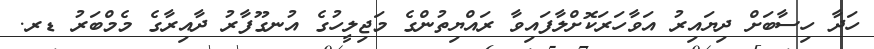
ހަދާ ހިސާބަށް ދިޔައިރު އަވާހަރަކޮށްލާފައިވާ ރައްޔިތުންގެ މަޖިލީހުގެ އުނގޫފާރު ދާއިރާގެ މެމްބަރު ޑރ.